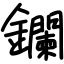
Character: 鑭